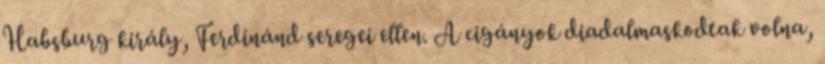
Habsburg király, Ferdinánd seregei ellen. A cigányok diadalmaskodtak volna,